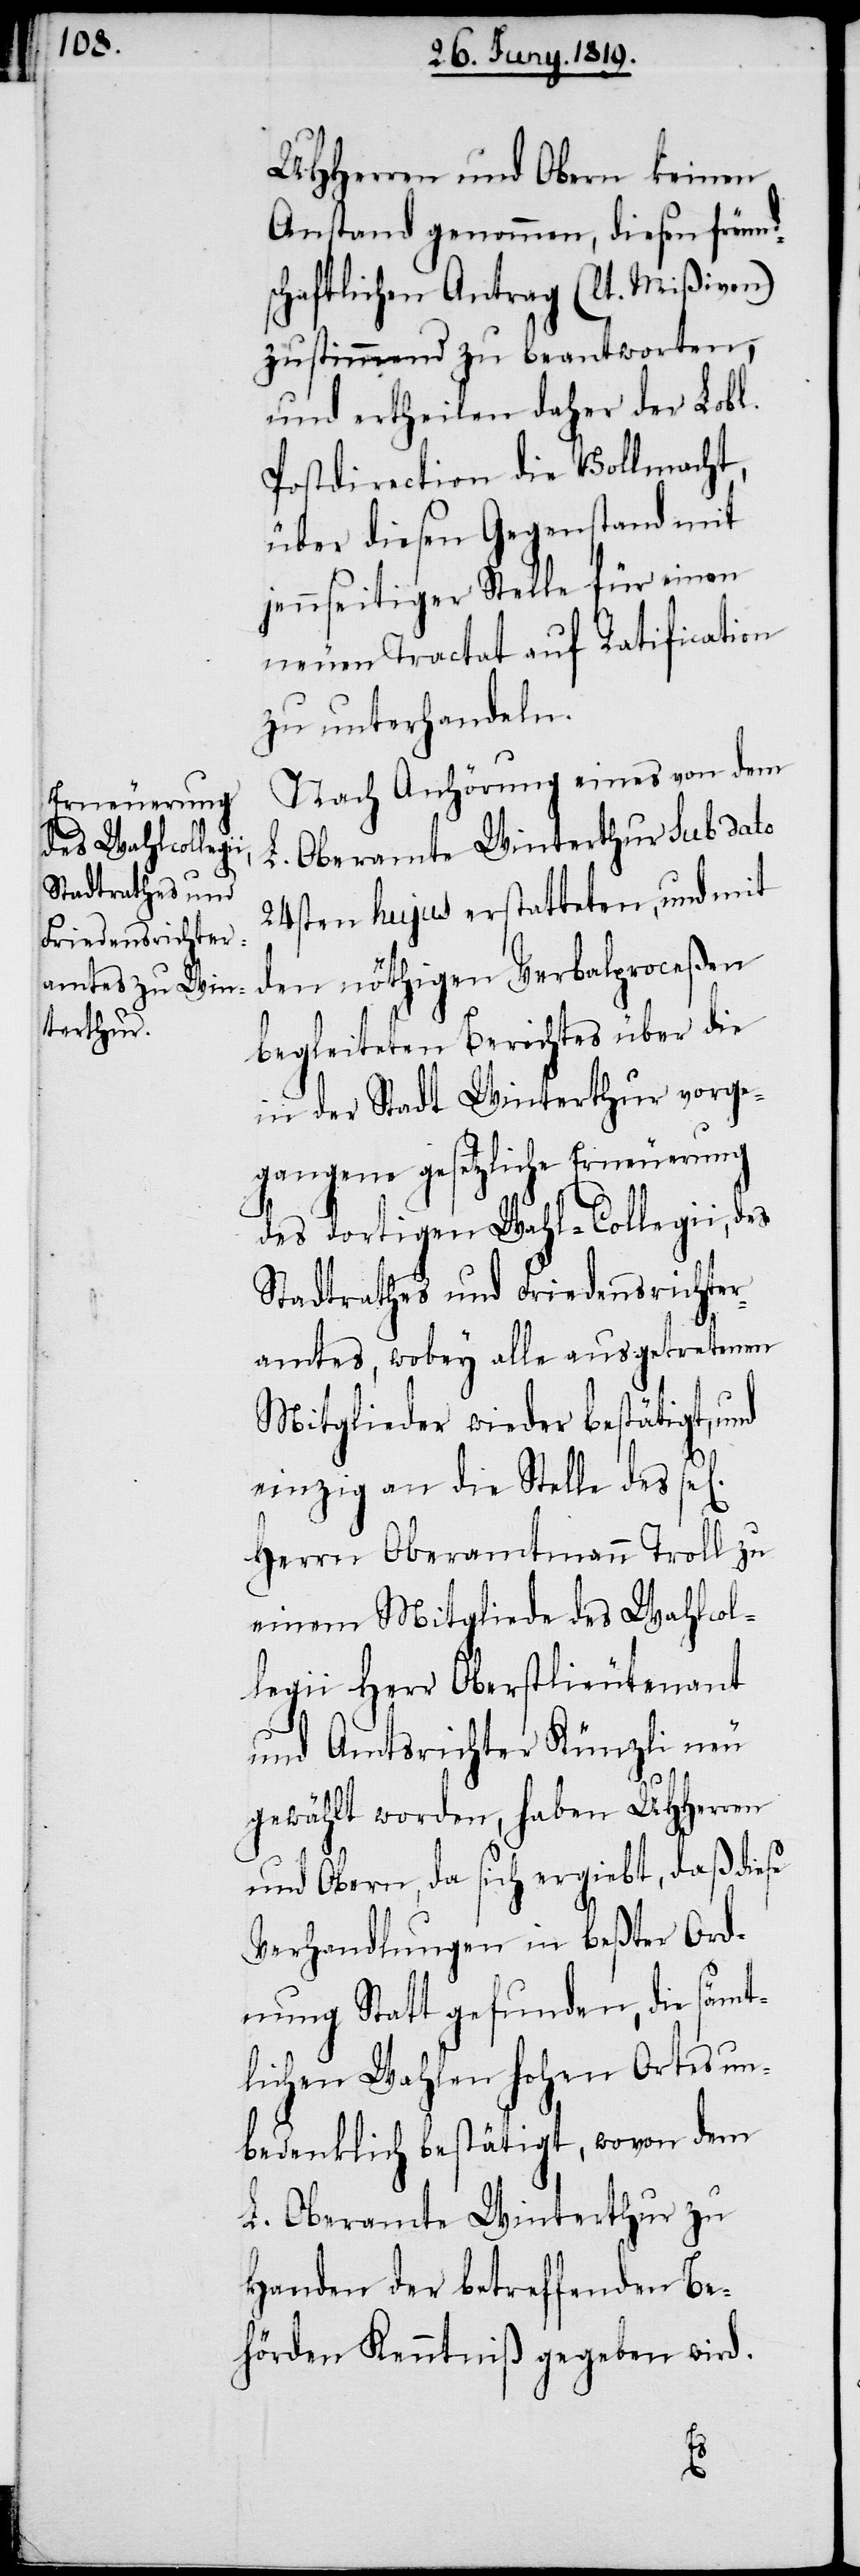
UHHerren und Obern keinen
Anstand genommen, diesen freund¬
schaftlichen Antrag (lt. Mißiven)
zustimmend zu beantworten,
und ertheilen daher der Lobl.
Postdirection die Vollmacht,
über diesen Gegenstand mit
jennseitiger Stelle für einen
neuen Tractat auf Ratification
zu unterhandeln.
Nach Anhörung eines von dem
L. Oberamte Winterthur sub dato
24sten hujus erstatteten, und mit
den nöthigen Verbalproceßen
begleiteten Berichtes über die
in der Stadt Winterthur vorge¬
gangene gesetzliche Erneuerung
des dortigen Wahl-Collegii, des
Stadtrathes und Friedensrichter¬
amtes, wobey alle ausgetretenen
Mitglieder wieder bestätigt, und
einzig an die Stelle des sel[i¬
Herrn Oberamtmann Troll zu
einem Mitgliede des Wahlcol¬
legii Herr Oberstlieutenant
und Amtsrichter Künzli neu
gewählt worden, haben UHHerren
und Obern, da sich ergiebt, daß diese
Verhandlungen in beßter Ord¬
nung Statt gefunden, die sämt¬
lichen Wahlen hohen Ortes un¬
bedenklich bestätigt, wovon dem
L. Oberamte Winterthur zu
Handen der betreffenden Be¬
hörden Kenntniß gegeben wird.
n]